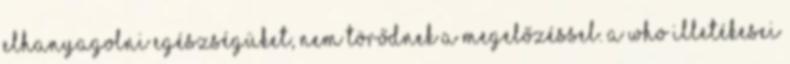
elhanyagolni egészségüket, nem törődnek a megelőzéssel. A WHO illetékesei